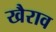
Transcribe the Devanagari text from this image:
खैराव